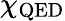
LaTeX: \chi_{\mathrm{QED}}